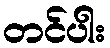
တင်ပါး